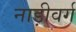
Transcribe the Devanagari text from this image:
नाड़ीवर्ग